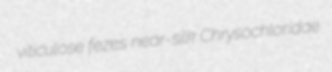
viticulose fezes near-silk Chrysochloridae